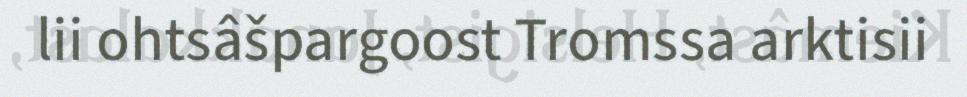
lii ohtsâšpargoost Tromssa arktisii